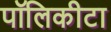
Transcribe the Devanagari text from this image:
पॉलिकीटा